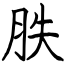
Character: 胅